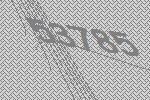
53785